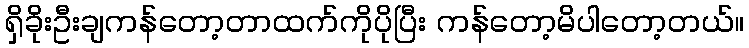
ရှိခိုးဦးချကန်တော့တာထက်ကိုပိုပြီး ကန်တော့မိပါတော့တယ်။